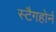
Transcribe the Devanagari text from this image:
स्टैगहोर्न